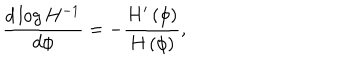
{ \frac { d \log { H ^ { - 1 } } } { d \phi } } = - { \frac { H ^ { \prime } \left( \phi \right) } { H \left( \phi \right) } } ,